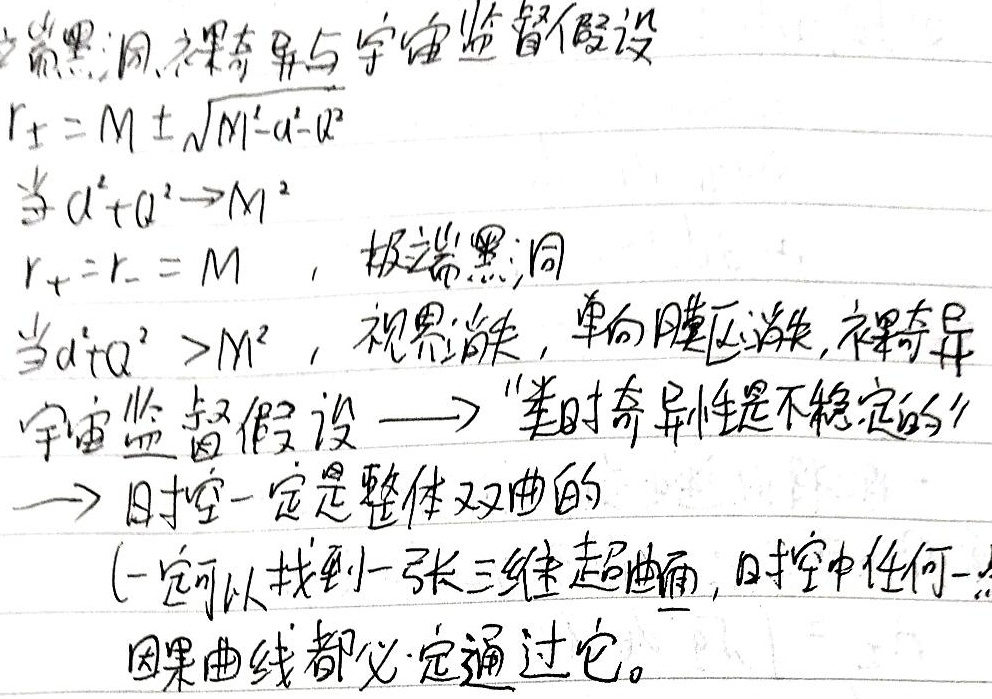
极端黑洞、裸奇异与宇宙监督假设。
当\(a^{2}+Q^{2}\to M^{2}\)时，\(r_{\pm}=M\pm\sqrt{M^{2}-a^{2}-Q^{2}}\)，此时\(r_{+}=r_{-}=M\)，为极端黑洞。
当\(a^{2}+Q^{2}>M^{2}\)时，视界消失，单向膜区消失，出现裸奇异。
宇宙监督假设\(\longrightarrow\) “类时奇异性是不稳定的”\(\longrightarrow\) 时空一定是整体双曲的(一定可以找到一张三维超曲面，时空中任何一点因果曲线都必定通过它。)